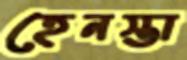
হেনস্তা